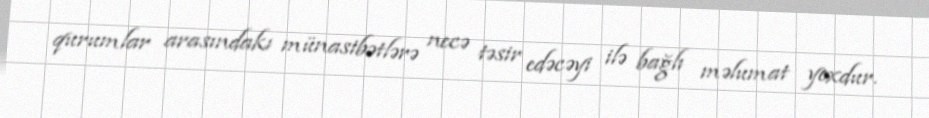
qurumlar arasındakı münasibətlərə necə təsir edəcəyi ilə bağlı məlumat yoxdur.